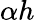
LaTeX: \alpha h